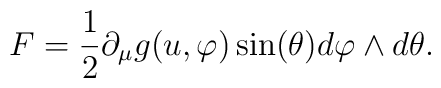
F=\frac{1}{2}\partial_{\mu}g(u, \varphi)\sin(\theta)d\varphi\wedge d\theta.